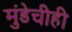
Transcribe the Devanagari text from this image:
मुंडेचीही